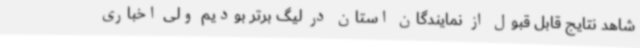
شاهد نتایج قابل قبول از نمایندگان استان در لیگ برتر بودیم ولی اخباری